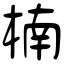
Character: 楠